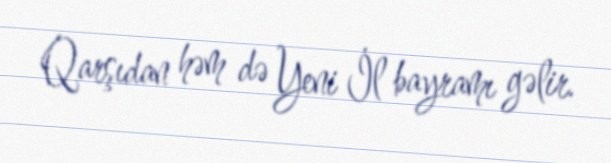
Qarşıdan həm də Yeni İl bayramı gəlir.